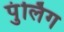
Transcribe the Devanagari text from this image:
पुंर्लिग